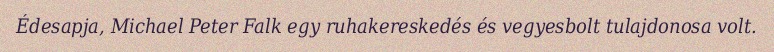
Édesapja, Michael Peter Falk egy ruhakereskedés és vegyesbolt tulajdonosa volt.